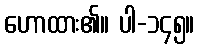
ဟောထား၏။ ပါ-၁၄၅။